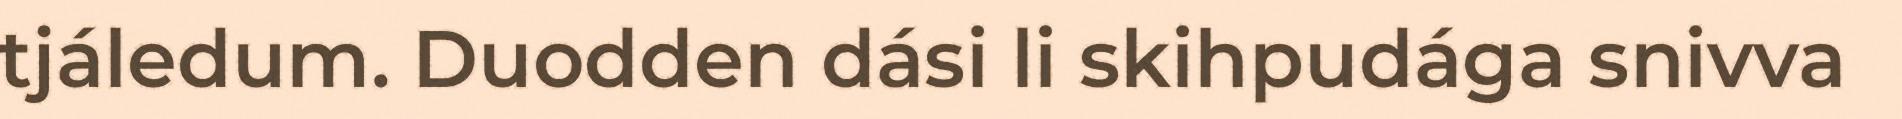
tjáledum. Duodden dási li skihpudága snivva